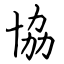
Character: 協